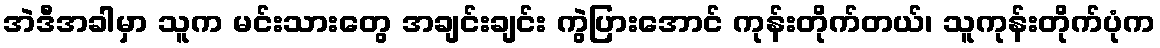
အဲဒီအခါမှာ သူက မင်းသားတွေ အချင်းချင်း ကွဲပြားအောင် ကုန်းတိုက်တယ်၊ သူကုန်းတိုက်ပုံက